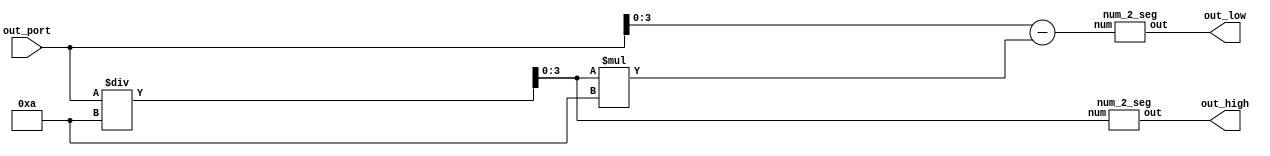
module out_port_seg(out_port, out_high, out_low);

	input 	[31:0] 		out_port;

	output 	[6 :0] 		out_high, out_low;


	wire 	[6 :0] 		out_high, out_low;

	// calculate the output numbers on each digit
	wire	[3 :0] 		num_high = out_port / 10;
	wire 	[3 :0] 		num_low	 = out_port - num_high * 10;


	num_2_seg num2seghigh 	(num_high, out_high);
	num_2_seg num2seglow 	(num_low,  out_low);


endmodule 



module num_2_seg(num, out);
	input 	[3:0] 		num;
	output 	[6:0] 		out;

	reg		[6:0]		out;

	initial
	begin
		out = 0;
	end


	always @ (*)
	begin
		case(num) //seven-digit-seg: gfedcba
			0: 			out[6:0] = 7'b1000000;
			1: 			out[6:0] = 7'b1111001;
			2: 			out[6:0] = 7'b0100100;
			3: 			out[6:0] = 7'b0110000;
			4: 			out[6:0] = 7'b0011001;
			5: 			out[6:0] = 7'b0010010;
			6: 			out[6:0] = 7'b0000010;
			7: 			out[6:0] = 7'b1111000;
			8: 			out[6:0] = 7'b0000000;
			9: 			out[6:0] = 7'b0010000;
			default: 	out[6:0] = 7'b1111111;
		endcase
	end

endmodule